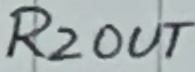
Text: R2OUT